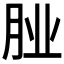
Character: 𮌌